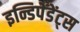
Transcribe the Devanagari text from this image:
इन्डिपेंडेंट्स